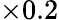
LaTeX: \times 0.2